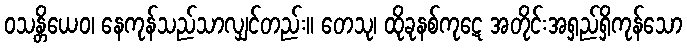
ဝသန္တိယေဝ၊ နေကုန်သည်သာလျှင်တည်း။ တေသု၊ ထိုခုနစ်ကုဋေ အတိုင်းအရှည်ရှိကုန်သော